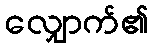
လျှောက်၏